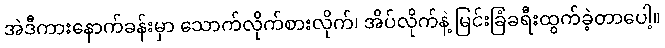
အဲဒီကားနောက်ခန်းမှာ သောက်လိုက်စားလိုက်၊ အိပ်လိုက်နဲ့ မြင်းခြံခရီးထွက်ခဲ့တာပေါ့။